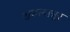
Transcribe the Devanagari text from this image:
अकनान्नूर